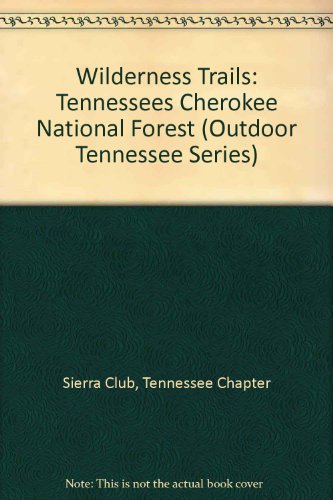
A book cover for Wilderness Trails: Tennessees Cherokee National Forest (Outdoor Tennessee Series); Travel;